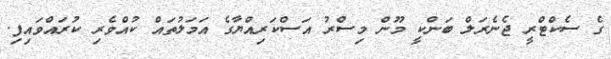
ގެ ސެކްޓްރީ ޖެނެރަލް ބަންކީ މޫން މިސްރު އަސްކަރިއްޔާގެ އަމަލުތައް ކުއްވެރި ކުރައްވައިފި.